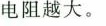
电阻越大。